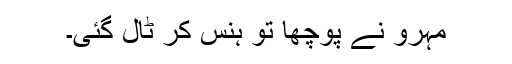
مہرو نے پوچھا تو ہنس کر ٹال گئی۔